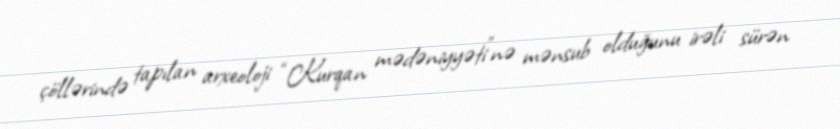
çöllərində tapılan arxeoloji “Kurqan mədəniyyəti”nə mənsub olduğunu irəli sürən